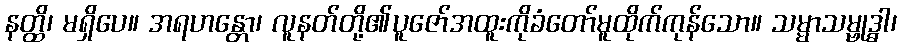
နတ္ထိ၊ မရှိပေ။ အရဟန္တော၊ လူနတ်တို့၏ပူဇော်အထူးကိုခံတော်မူထိုက်ကုန်သော။ သမ္မာသမ္ဗုဒ္ဓါ၊